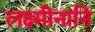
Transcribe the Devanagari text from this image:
लक्ष्मीनानि